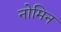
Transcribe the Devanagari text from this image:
नोमिन